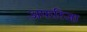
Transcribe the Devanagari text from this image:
अफरिजा